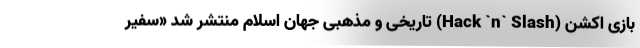
بازی اکشن (Hack `n` Slash) تاریخی و مذهبی جهان اسلام منتشر شد «سفیر